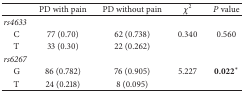
<table><thead><tr><td><b> </b></td><td><b>PD with pain</b></td><td><b>PD without pain</b></td><td><b><i>χ</i><sup>2</sup></b></td><td><b><i>P</i> value</b></td></tr></thead><tbody><tr><td><i>rs4633 </i></td><td> </td><td> </td><td> </td><td> </td></tr><tr><td> C</td><td>77 (0.70)</td><td>62 (0.738)</td><td>0.340</td><td>0.560</td></tr><tr><td> T</td><td>33 (0.30)</td><td>22 (0.262)</td><td> </td><td> </td></tr><tr><td><i>rs6267 </i></td><td> </td><td> </td><td> </td><td> </td></tr><tr><td> G</td><td>86 (0.782)</td><td>76 (0.905)</td><td>5.227</td><td><b>0.022</b>*</td></tr><tr><td> T</td><td>24 (0.218)</td><td>8 (0.095)</td><td> </td><td> </td></tr></tbody></table>